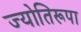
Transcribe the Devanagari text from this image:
ज्योतिरूपा